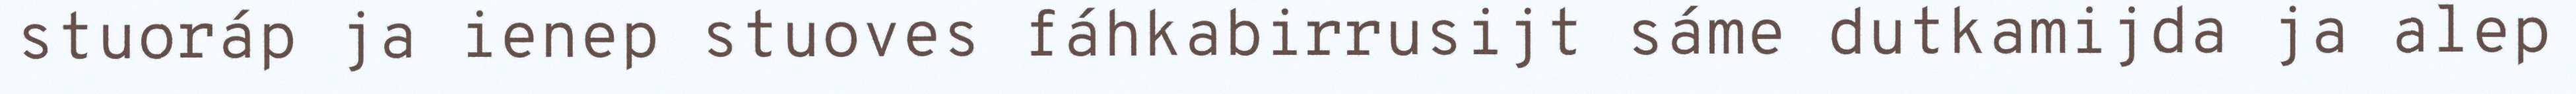
stuoráp ja ienep stuoves fáhkabirrusijt sáme dutkamijda ja alep